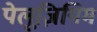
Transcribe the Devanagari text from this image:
पेलूज़ियिम